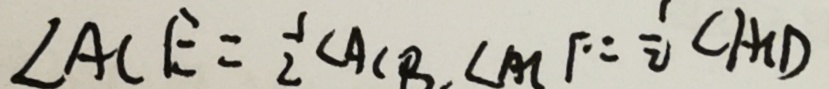
\angle A C E = \frac { 1 } { 2 } \angle A C B , \angle A C F = 2 \angle A C D